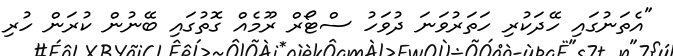
"އެތަނުގައި ހޭދަކުރި ހަތަރުވަނަ ދުވަހު ސްޓޯރް ރޫމެއް ގޮތުގައި ބޭނުން ކުރަން ހުރި